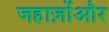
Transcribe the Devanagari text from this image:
जहाज़ोंऔर